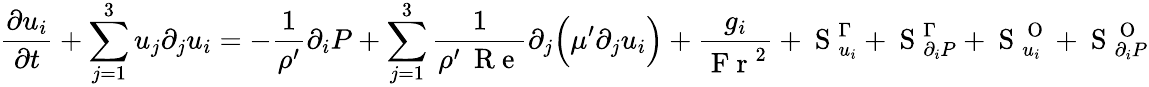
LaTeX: \frac{\partial u_{i}}{\partial t}+\sum_{j=1}^{3}u_{j}\partial_{j}u_{i}=-\frac{1}{\rho^{\prime}}\partial_{i}P+\sum_{j=1}^{3}\frac{1}{\rho^{\prime}\: \mathrm{~R~e~}}\partial_{j}\Big(\mu^{\prime}\partial_{j}u_{i}\Big)+\frac{g_{i}}{\mathrm{~F~r~}^{2}}+\mathrm{~S~}_{u_{i}}^{\Gamma}+\mathrm{~S~}_{\partial_{i}P}^{\Gamma}+\mathrm{~S~}_{u_{i}}^{\mathrm{~O~}}+\mathrm{~S~}_{\partial_{i}P}^{\mathrm{~O~}}